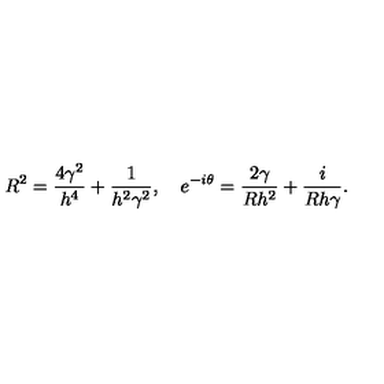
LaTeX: R ^ { 2 } = { \frac { 4 \gamma ^ { 2 } } { h ^ { 4 } } } + { \frac { 1 } { h ^ { 2 } \gamma ^ { 2 } } } , \quad e ^ { - i \theta } = { \frac { 2 \gamma } { R h ^ { 2 } } } + { \frac { i } { R h \gamma } } .